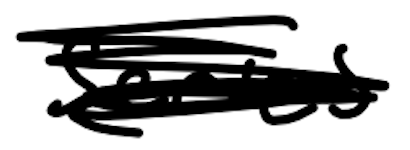
Text: series
Cross-out: scratch
Writing tool: digital_black